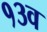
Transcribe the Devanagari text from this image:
१३व